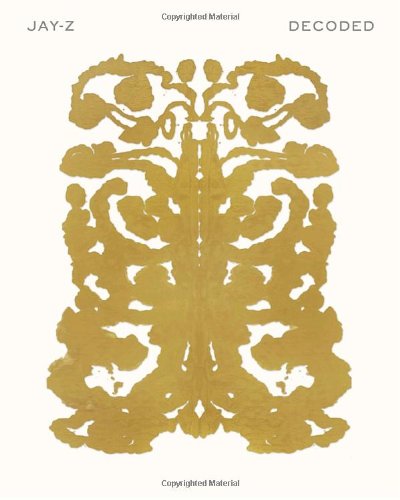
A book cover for Decoded; Jay-Z; Biographies & Memoirs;